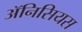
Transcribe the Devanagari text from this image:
ॲनिसियस